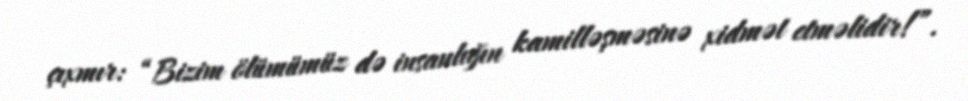
çıxmır: “Bizim ölümümüz də insanlığın kamilləşməsinə xidmət etməlidir!”.